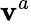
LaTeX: \mathbf{v}_{}^{a}